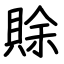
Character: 賖